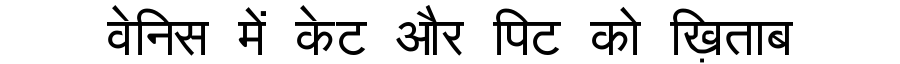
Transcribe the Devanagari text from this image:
वेनिस में केट और पिट को ख़िताब